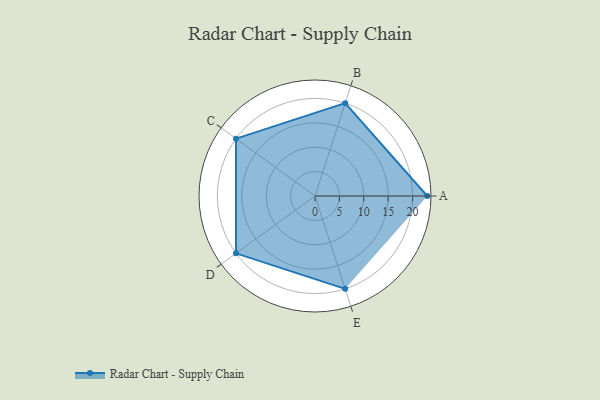
{"axis": {"x": "Skill", "y": "Score"}, "legend": ["Profile"], "data": [{"x": "A", "y": 23.0, "type": "Profile"}, {"x": "B", "y": 20, "type": "Profile"}, {"x": "C", "y": 20, "type": "Profile"}, {"x": "D", "y": 20, "type": "Profile"}, {"x": "E", "y": 20, "type": "Profile"}]}